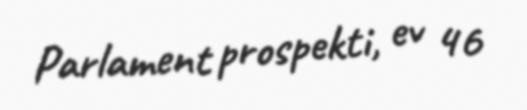
Parlament prospekti, ev 46